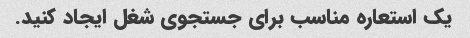
یک استعاره مناسب برای جستجوی شغل ایجاد کنید.